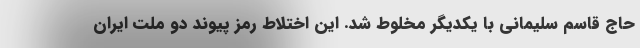
حاج قاسم سلیمانی با یکدیگر مخلوط شد. این اختلاط رمز پیوند دو ملت ایران